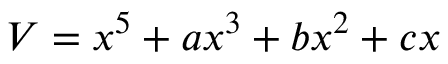
V = x ^ { 5 } + a x ^ { 3 } + b x ^ { 2 } + c x